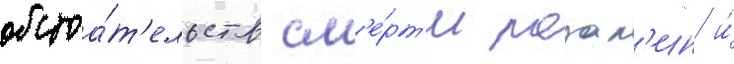
обстоа́т'ельств см'е́рт'и розал'ин и́